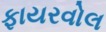
ફાયરવોલ